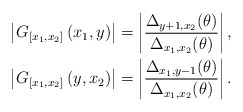
\begin{align*}\begin{aligned}&\left|G_{\left[x_{1}, x_{2}\right]}\left(x_{1}, y\right)\right|=\left|\frac{\Delta_{y+1, x_{2}}(\theta)}{\Delta_{x_{1}, x_{2}}(\theta)}\right|, \\&\left|G_{\left[x_{1}, x_{2}\right]}\left(y, x_{2}\right)\right|=\left|\frac{\Delta_{x_{1}, y-1}(\theta)}{\Delta_{x_{1}, x_{2}}(\theta)}\right|.\end{aligned}\end{align*}